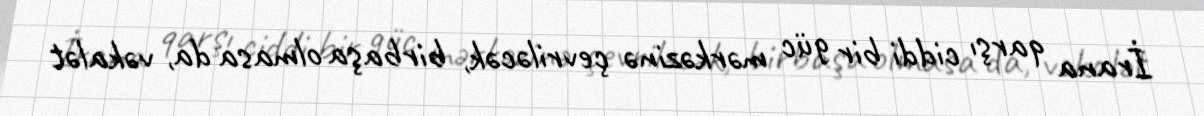
İrana qarşı ciddi bir güc mərkəzinə çevriləcək, birbaşa olmasa da, vəkalət